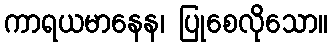
ကာရယမာနေန၊ ပြုစေလိုသော။